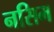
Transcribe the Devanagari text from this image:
नसिम